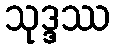
သုဒ္ဒဿ